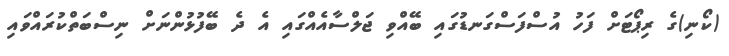
(ކޯނި)ގެ ރިޕޯޓަށް ފަހު އުސްފަސްގަނޑުގައި ބޭއްވި ޖަލްސާއެއްގައި އެ ދެ ބޭފުޅުންނަށް ނިސްބަތްކުރައްވައި